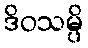
ဒိဝသမ္ပိ